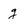
Character: g